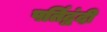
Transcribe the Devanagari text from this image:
पर्तिद्वंदी